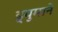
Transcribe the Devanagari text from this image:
ड्युमाने